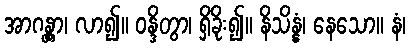
အာဂန္တွာ၊ လာ၍။ ဝန္ဒိတွာ၊ ရှိခိုး၍။ နိသိန္နံ၊ နေသော။ နံ၊